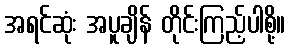
အရင်ဆုံး အပူချိန် တိုင်းကြည့်ပါစို့။